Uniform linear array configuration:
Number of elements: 12
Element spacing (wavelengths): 1
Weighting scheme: cosine
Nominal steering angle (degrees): -45
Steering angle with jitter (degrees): -46.734
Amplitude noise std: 0.05
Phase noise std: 0.05

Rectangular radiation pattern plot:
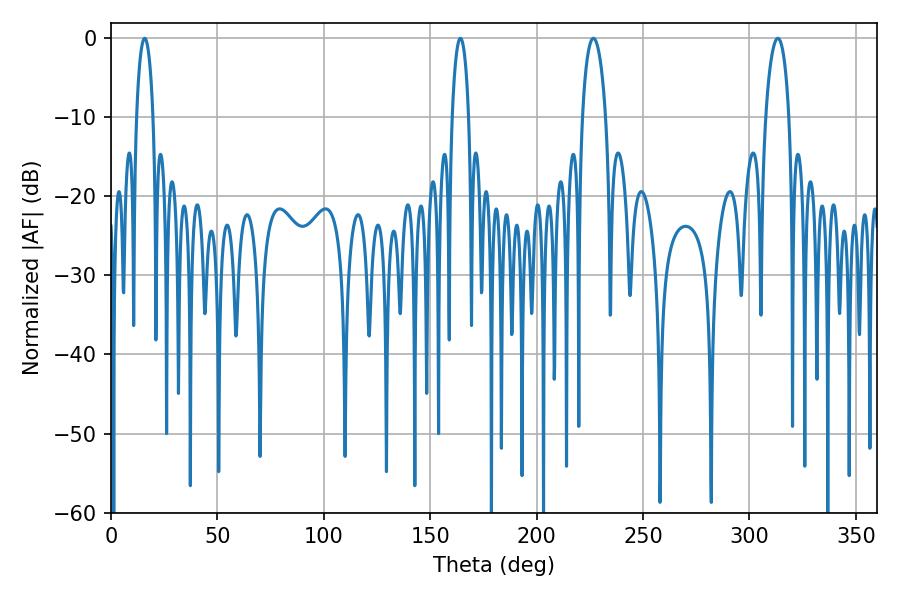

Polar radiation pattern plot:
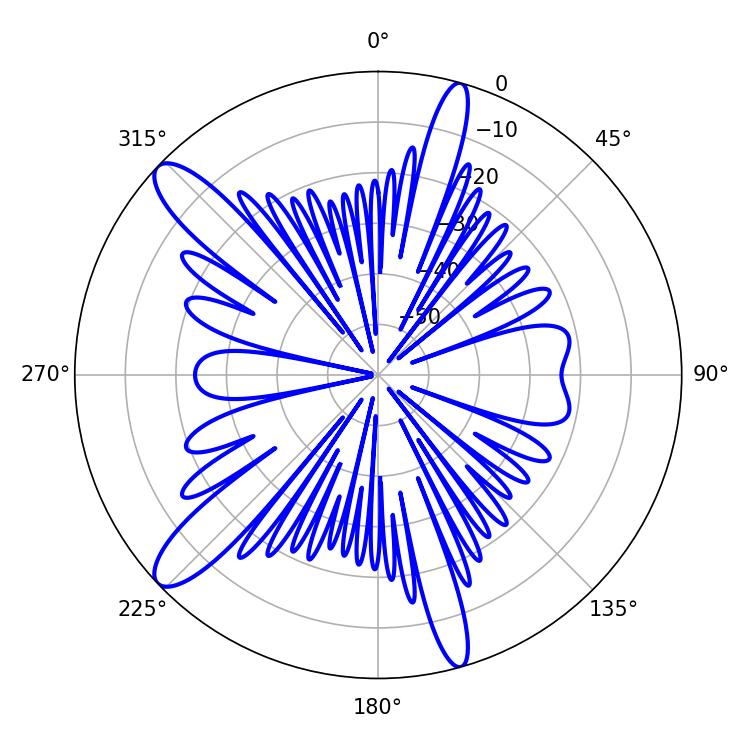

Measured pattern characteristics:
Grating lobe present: TRUE
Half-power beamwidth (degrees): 4.32
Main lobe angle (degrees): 164.16